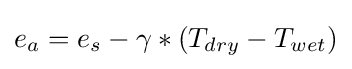
e_{a}=e_{s}-\gamma *\left(T_{dry}-T_{wet}\right)